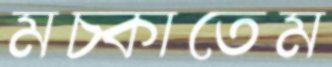
মচ্‌কাতেম